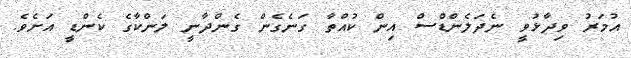
އުމަރު ވިދާޅުވީ ނެދަލެންޑްސް އިން ކުއްތާ ގަނެގެން ގެންދާނީ ލަންކާގެ ކެންޑީ އަށެވެ.